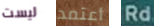
ليست أعتمد Rd